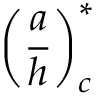
\left( \frac { a } { h } \right) _ { c } ^ { * }